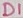
Text: D1